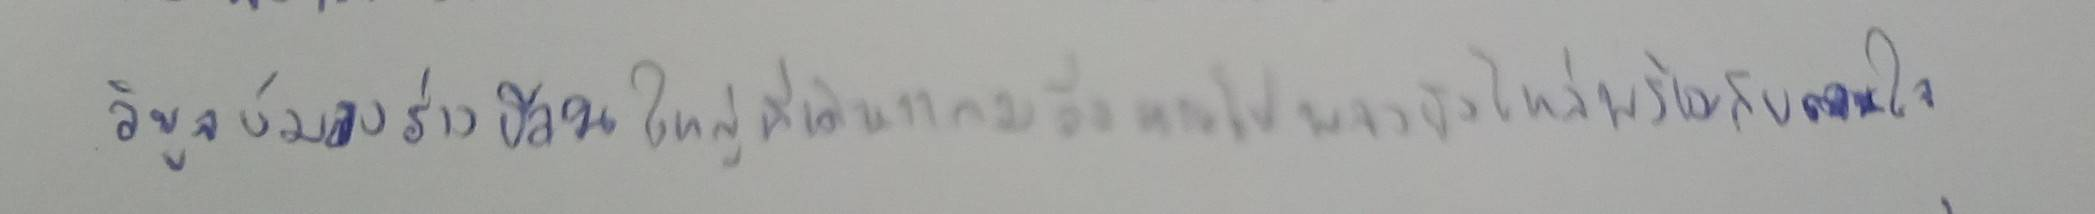
วิบูลย์มองร่างอ้วนใหญ่ที่เดินแกมวิ่งหายไปพลางยังไหล่พร้อมกับถอนใจ